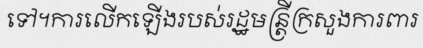
ទៅ។ការលើកឡើងរបស់រដ្ឋមន្ត្រីក្រសួងការពារ